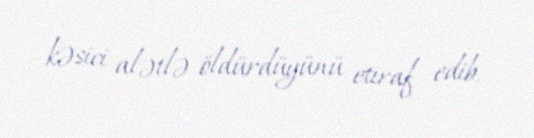
kəsici alətlə öldürdüyünü etiraf edib.